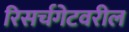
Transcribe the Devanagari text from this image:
रिसर्चगेटवरील